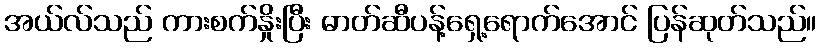
အယ်လ်သည် ကားစက်နှိုးပြီး ဓာတ်ဆီပန့်ရှေ့ရောက်အောင် ပြန်ဆုတ်သည်။